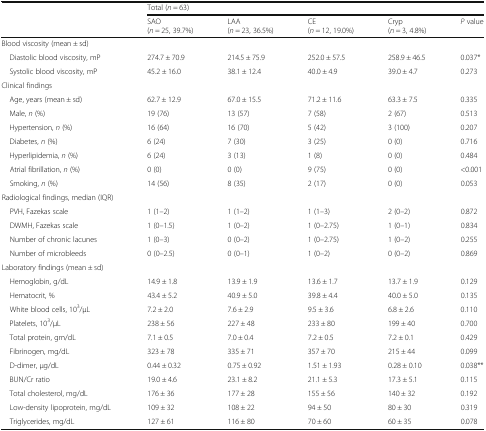
<table><thead><tr><td></td><td colspan="5"><b>Total (<i>n</i> = 63)</b></td></tr><tr><td></td><td><b>SAO(<i>n</i> = 25, 39.7%)</b></td><td><b>LAA(<i>n</i> = 23, 36.5%)</b></td><td><b>CE(<i>n</i> = 12, 19.0%)</b></td><td><b>Cryp(<i>n</i> = 3, 4.8%)</b></td><td><b><i>P</i> value</b></td></tr></thead><tbody><tr><td>Blood viscosity (mean ± sd)</td><td colspan="5"></td></tr><tr><td> Diastolic blood viscosity, mP</td><td>274.7 ± 70.9</td><td>214.5 ± 75.9</td><td>252.0 ± 57.5</td><td>258.9 ± 46.5</td><td>0.037*</td></tr><tr><td> Systolic blood viscosity, mP</td><td>45.2 ± 16.0</td><td>38.1 ± 12.4</td><td>40.0 ± 4.9</td><td>39.0 ± 4.7</td><td>0.273</td></tr><tr><td>Clinical findings</td><td colspan="5"></td></tr><tr><td> Age, years (mean ± sd)</td><td>62.7 ± 12.9</td><td>67.0 ± 15.5</td><td>71.2 ± 11.6</td><td>63.3 ± 7.5</td><td>0.335</td></tr><tr><td> Male, <i>n</i> (%)</td><td>19 (76)</td><td>13 (57)</td><td>7 (58)</td><td>2 (67)</td><td>0.513</td></tr><tr><td> Hypertension, <i>n</i> (%)</td><td>16 (64)</td><td>16 (70)</td><td>5 (42)</td><td>3 (100)</td><td>0.207</td></tr><tr><td> Diabetes, <i>n</i> (%)</td><td>6 (24)</td><td>7 (30)</td><td>3 (25)</td><td>0 (0)</td><td>0.716</td></tr><tr><td> Hyperlipidemia, <i>n</i> (%)</td><td>6 (24)</td><td>3 (13)</td><td>1 (8)</td><td>0 (0)</td><td>0.484</td></tr><tr><td> Atrial fibrillation, <i>n</i> (%)</td><td>0 (0)</td><td>0 (0)</td><td>9 (75)</td><td>0 (0)</td><td>&lt;0.001</td></tr><tr><td> Smoking, <i>n</i> (%)</td><td>14 (56)</td><td>8 (35)</td><td>2 (17)</td><td>0 (0)</td><td>0.053</td></tr><tr><td>Radiological findings, median (IQR)</td><td colspan="5"></td></tr><tr><td> PVH, Fazekas scale</td><td>1 (1–2)</td><td>1 (1–2)</td><td>1 (1–3)</td><td>2 (0–2)</td><td>0.872</td></tr><tr><td> DWMH, Fazekas scale</td><td>1 (0–1.5)</td><td>1 (0–2)</td><td>1 (0–2.75)</td><td>1 (0–1)</td><td>0.834</td></tr><tr><td> Number of chronic lacunes</td><td>1 (0–3)</td><td>0 (0–2)</td><td>1 (0–2.75)</td><td>1 (0–2)</td><td>0.255</td></tr><tr><td> Number of microbleeds</td><td>0 (0–2.5)</td><td>0 (0–1)</td><td>1 (0–2)</td><td>0 (0–2)</td><td>0.869</td></tr><tr><td>Laboratory findings (mean ± sd)</td><td colspan="5"></td></tr><tr><td> Hemoglobin, g/dL</td><td>14.9 ± 1.8</td><td>13.9 ± 1.9</td><td>13.6 ± 1.7</td><td>13.7 ± 1.9</td><td>0.129</td></tr><tr><td> Hematocrit, %</td><td>43.4 ± 5.2</td><td>40.9 ± 5.0</td><td>39.8 ± 4.4</td><td>40.0 ± 5.0</td><td>0.135</td></tr><tr><td> White blood cells, 10<sup>3</sup>/μL</td><td>7.2 ± 2.0</td><td>7.6 ± 2.9</td><td>9.5 ± 3.6</td><td>6.8 ± 2.6</td><td>0.110</td></tr><tr><td> Platelets, 10<sup>3</sup>/μL</td><td>238 ± 56</td><td>227 ± 48</td><td>233 ± 80</td><td>199 ± 40</td><td>0.700</td></tr><tr><td> Total protein, gm/dL</td><td>7.1 ± 0.5</td><td>7.0 ± 0.4</td><td>7.2 ± 0.5</td><td>7.2 ± 0.1</td><td>0.429</td></tr><tr><td> Fibrinogen, mg/dL</td><td>323 ± 78</td><td>335 ± 71</td><td>357 ± 70</td><td>215 ± 44</td><td>0.099</td></tr><tr><td> D-dimer, μg/dL</td><td>0.44 ± 0.32</td><td>0.75 ± 0.92</td><td>1.51 ± 1.93</td><td>0.28 ± 0.10</td><td>0.038**</td></tr><tr><td> BUN/Cr ratio</td><td>19.0 ± 4.6</td><td>23.1 ± 8.2</td><td>21.1 ± 5.3</td><td>17.3 ± 5.1</td><td>0.115</td></tr><tr><td> Total cholesterol, mg/dL</td><td>176 ± 36</td><td>177 ± 28</td><td>155 ± 56</td><td>140 ± 32</td><td>0.192</td></tr><tr><td> Low-density lipoprotein, mg/dL</td><td>109 ± 32</td><td>108 ± 22</td><td>94 ± 50</td><td>80 ± 30</td><td>0.319</td></tr><tr><td> Triglycerides, mg/dL</td><td>127 ± 61</td><td>116 ± 80</td><td>70 ± 60</td><td>60 ± 35</td><td>0.078</td></tr></tbody></table>